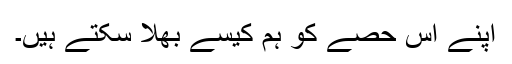
اپنے اس حصے کو ہم کیسے بھلا سکتے ہیں۔